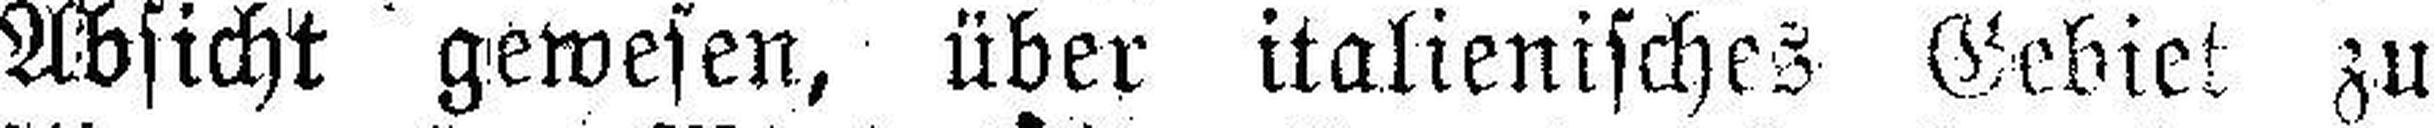
Absicht gewesen, über italienisches Gebiet zu